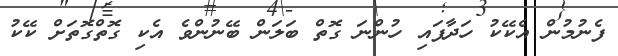
ފެނުމުން އެކޭކު ހަދާފައި ހުންނަ ގޮތް ބަލަން ބޭނުންވެ އެކި ގޮތްގޮތަށް ކޭކު